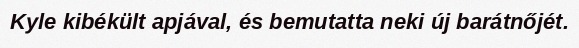
Kyle kibékült apjával, és bemutatta neki új barátnőjét.